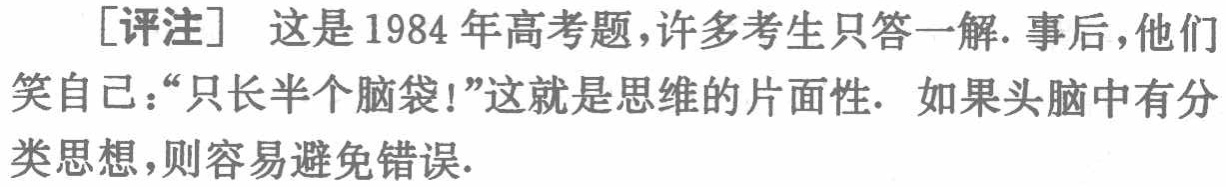
[评注] 这是1984年高考题,许多考生只答一解. 事后，他们笑自己：“只长半个脑袋!”这就是思维的片面性. 如果头脑中有分类思想，则容易避免错误.